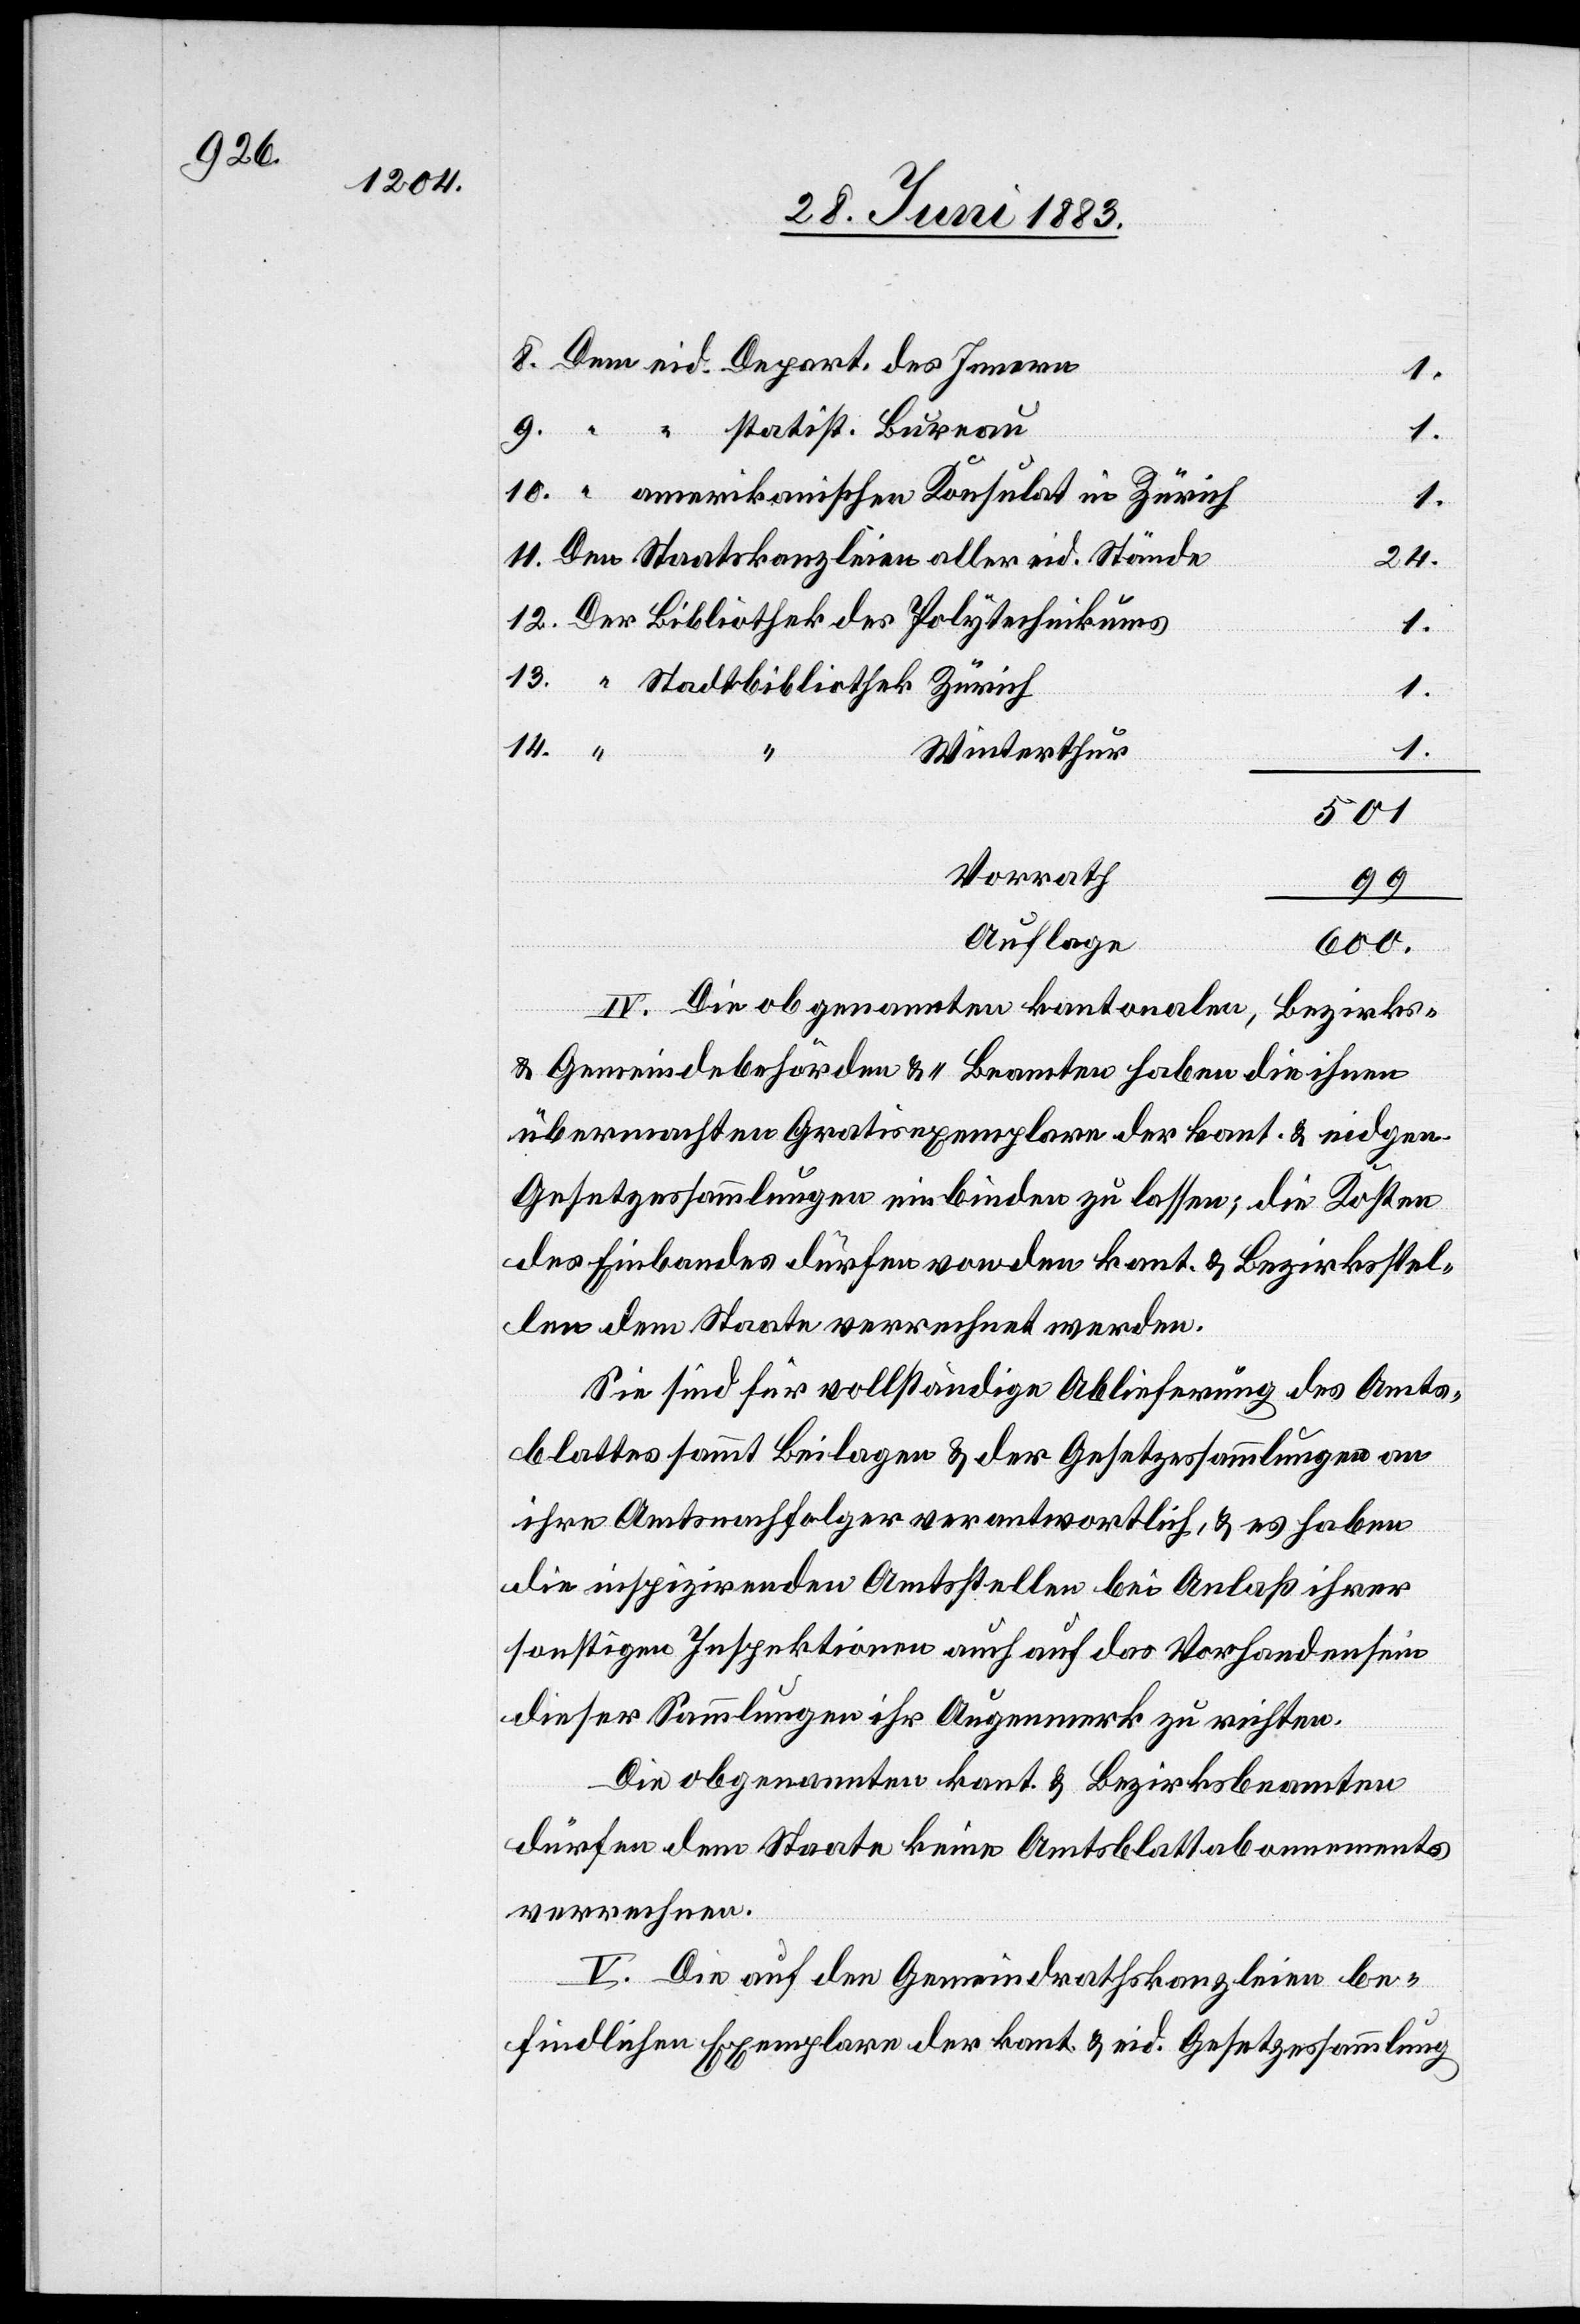
Dem eid. Depart. des Innern
1.
“ “ statist. Bureau
10.
“ amerikanischen Konsulat in Zürich
11.
Den Staatskanzleien aller eid. Stände
24.
Der Bibliothek des Polytechnikums
1.
“ Stadtbibliothek Zürich
14.
Winterthur
1.
501
Vorrath
99
Auflage
600
“
IV. Die obgenanten kantonalen, Bezirks-
& Gemeindebehörden & -Beamten haben die ihnen
übermachten Gratisexemplare der kant. & eidgen.
Gesetzessammlungen einbinden zu lassen; die Kosten
des Einbandes dürfen von den kant. & Bezirksstel¬
len dem Staate verrechnet werden.
Sie sind für vollständige Ablieferung des Amts¬
blattes sammt Beilagen & der Gesetzessammlungen an
ihre Amtsnachfolger verantwortlich, & es haben
die inspizirenden Amtsstellen bei Anlaß ihrer
sonstigen Inspektionen auch auf das Vorhandensein
dieser Sammlungen ihr Augenmerk zu richten.
Die obgenannten kant. & Bezirksbeamten
dürfen dem Staate keine Amtsblattabonnements
verrechnen.
V. Die auf den Gemeindrathskanzleien be¬
findlichen Exemplare der kant. & eid. Gesetzessammlung